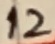
Text: 12